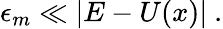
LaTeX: \epsilon_{m}\ll\vert E-U(x)\vert\ .